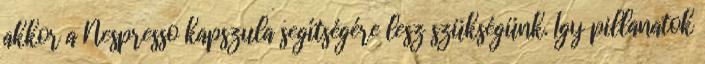
akkor a Nespresso kapszula segítségére lesz szükségünk. Így pillanatok